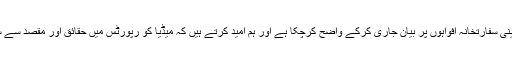
پاکستان میں موجود چینی سفارتخانہ افواہوں پر بیان جاری کرکے واضح کرچکا ہے اور ہم امید کرتے ہیں کہ میڈیا کو رپورٹس میں حقائق اور مقصد سے سچ تلاش کرنا چاہیے۔